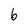
Character: 6